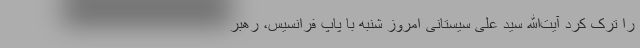
را ترک کرد آیت‌الله سید علی سیستانی امروز شنبه با پاپ فرانسیس، رهبر